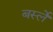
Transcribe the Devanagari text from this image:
बर्स्ले